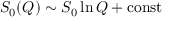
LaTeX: S _ { 0 } ( Q ) \sim S _ { 0 } \ln Q + \mathrm { c o n s t }